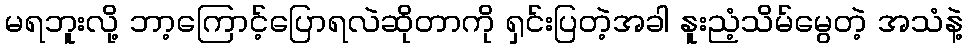
မရဘူးလို့ ဘာ့ကြောင့်ပြောရလဲဆိုတာကို ရှင်းပြတဲ့အခါ နူးညံ့သိမ်မွေတဲ့ အသံနဲ့